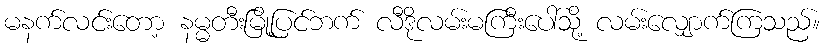
မနက်လင်းတော့ နမ္မတီးမြို့ပြင်ဘက် လီဒိုလမ်းမကြီးပေါ်သို့ လမ်းလျှောက်ကြသည်။